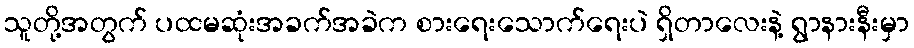
သူတို့အတွက် ပထမဆုံးအခက်အခဲက စားရေးသောက်ရေးပဲ ရှိတာလေးနဲ့ ရွာနားနီးမှာ